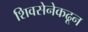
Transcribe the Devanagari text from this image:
शिवसेनेकढून